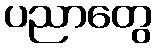
ပညာတွေ